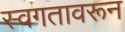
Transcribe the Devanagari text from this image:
स्वगतावरून